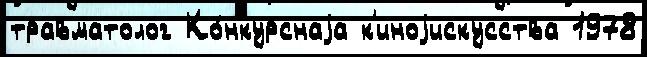
травматолог Ко́нкурснаjа к'иноjискусства 1978